Report of the Municipal Commissioner on the plague in Bombay for the year ending 31st May... - Volume 2
Disease focus: Plague
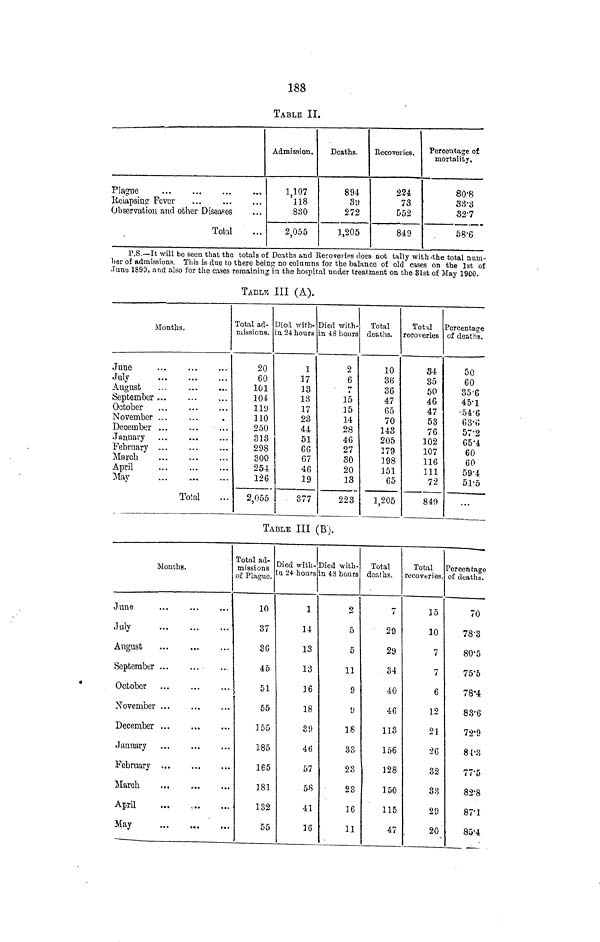
188
TABLE II.
Plairue
Keiapsin? Fever
...
Observation and other Diseases
Total
Admission.
1,107
'us
830
2,055
Deaths.
894
39
272
3,205
Recoveries.
224
73
552
849
Percentage of
mortality.
80-8
33-3
32'7
58-6
P.S.—It will be seen that the totals of Deaths and Recoveries does not tally with 'the total num-
ber of admissions. This is due to there being no columns for the balance of old cases on the 1st of
June 1899, and also for the cases remaining in the hospital under treatment on the 31st ot May 1900.
TABLJB III (A).
Months.
June
July
August
September ...
October
...
November ...
December ...
January ...
February
March
April
May
Total
Total ad-
missions.
20
60
101
104
ny
110
250
313
298
300
254
126
2,055
Died with-
in 24 hours
1
17
13
13
17
23
44
51
GG
67
j
46
j
19
I
377
1
Died with-
in iS hours
2
6
17
15
15
14
28
46
27
30
20
13
223
Total
deaths.
10
36
36
47
65
70
143
205
179
198
151
65
1,205
Total
recoveries
34
35
50
46
47
53
76
102
107
116
111
72
849
Percentage
of deaths.
50
60
35-6
45-1
-54'6
63-6
57-2
65'4
60
60
59'4
51-5
...
TABLE III (B).
Months.
June
...
July
August
...
September
October
November
December
January
February ,,,
March
...
April
May
Total ad-
missions ,
of Plague. J
10
37
36
45
51
55
155
185
165
181
132
55
Died with-
u 24- hours i
1
14
13
13
16
18
89
46
57
58
41
16
Died xvith-
n 48 hours
2
5
5
11
9
y
is
33
23
23
16
11
Total
deaths.
7
29
29
34
40
46
113
156
128
150
115
47
Total
recoveries.
15
10
7
7
6
12
21
26
32
33
29
20
Percentage
of deaths.
70
78-3
80-5
75'5
78'4
83-6
72'9
84-3
77-5
82-8
87-1
85'4